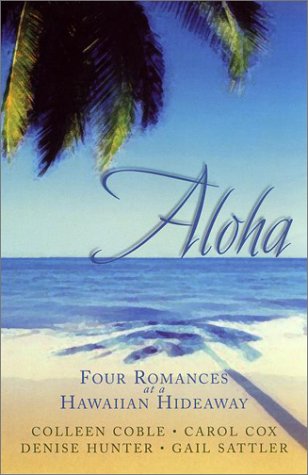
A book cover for Aloha: Love, Suite Love/Fixed by Love/Game of Love/It All Adds Up to Love (Inspirational Romance Collection); Colleen Coble; Religion & Spirituality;